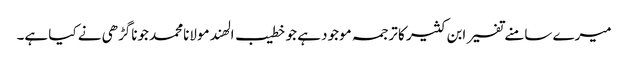
میرے سامنے تفسیر ابن کثیر کا ترجمہ موجود ہے جو خطیب الھند مولانامحمد جوناگڑھی نے کیا ہے۔